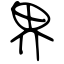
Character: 界